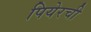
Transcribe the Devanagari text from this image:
पियेरची